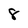
Character: 8